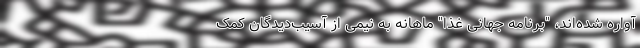
آواره شده‌اند، "برنامه جهانی غذا" ماهانه به نیمی از آسیب‌دیدگان کمک